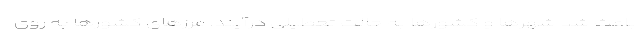
باعث شد شهرها و کشورها به حالت تعطیلی درآیند. مرزهای کشورها به روی